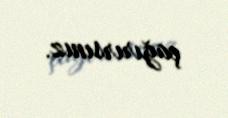
çağırırsınız.